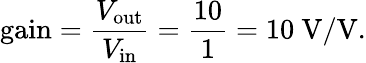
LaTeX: {\mathrm{gain}}={\frac{V_{\mathrm{out}}}{V_{\mathrm{in}}}}={\frac{10}{1}}=10~{\mathrm{V/V}}.